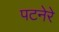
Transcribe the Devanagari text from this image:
पटनेरे